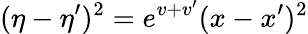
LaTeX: (\eta-\eta^{\prime})^{2}=e^{v+v^{\prime}}(x-x^{\prime})^{2}